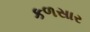
કળસાર